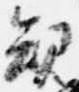
規